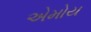
એમોય